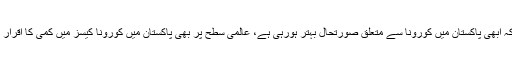
انہوں نے کہا کہ ابھی پاکستان میں کورونا سے متعلق صورتحال بہتر ہورہی ہے، عالمی سطح پر بھی پاکستان میں کورونا کیسز میں کمی کا اقرار کیا جا رہا ہے۔